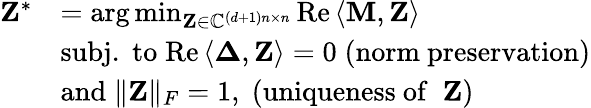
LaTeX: \begin{array}{rl}{\mathbf{Z}^{*}}&{=\arg\operatorname*{min}_{\mathbf{Z}\in\mathbb{C}^{\left(d+1\right)n\times n}}\mathrm{{Re}}\left\langle\mathbf{M},\mathbf{Z}\right\rangle}\\ &{{\mathrm{subj.\; to}}\; \mathrm{{Re}}\left\langle\mathbf{\Delta},\mathbf{Z}\right\rangle=0\; \mathrm{(norm~preservation)}}\\ &{{\mathrm{and}}\; \| \mathbf{Z}\| _{F}=1,\; \mathrm{(uniqueness~of~}\; \mathbf{Z}\mathrm{)}}\end{array}